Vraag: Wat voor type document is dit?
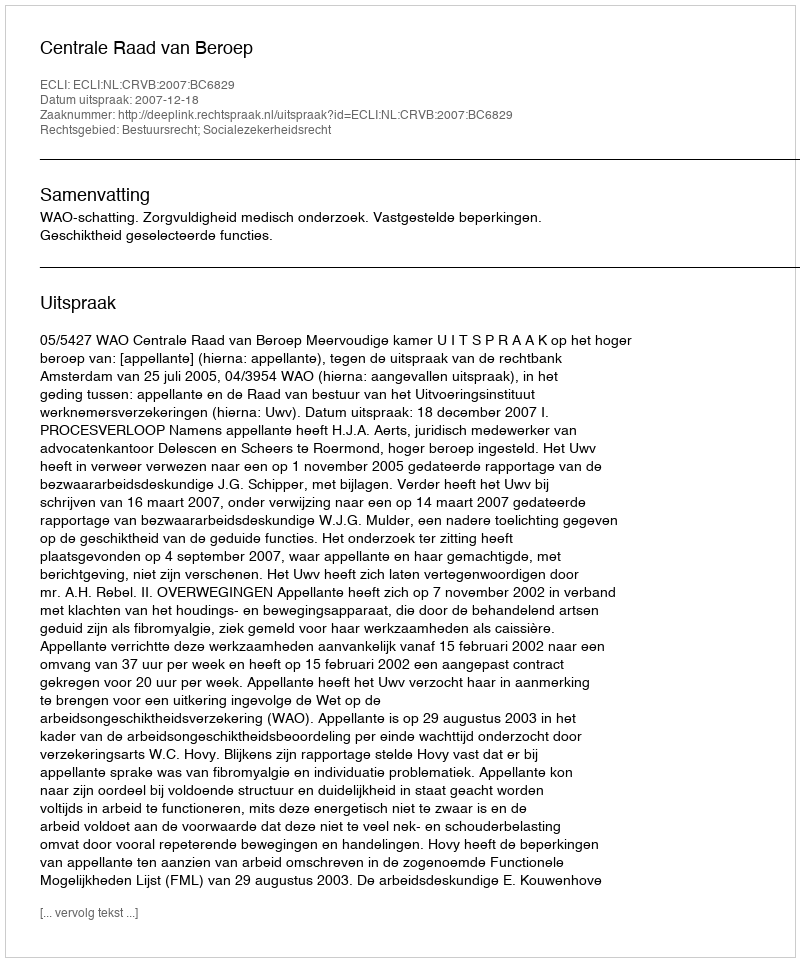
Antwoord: Uitspraak